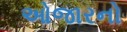
ઓજારનો